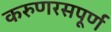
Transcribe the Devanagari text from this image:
करुणरसपूर्ण